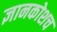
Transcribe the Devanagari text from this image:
ज्ञानकोशच